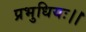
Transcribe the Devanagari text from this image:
प्रभुधियः।।